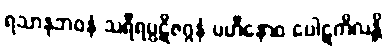
ရသာနုဘဝနံ သရီရပ္ပဋိဇဂ္ဂနံ ပဟီနောဝ ပေါဋကိလန္တိ